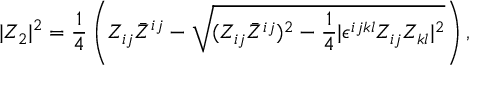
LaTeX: | Z _ { 2 } | ^ { 2 } = { \frac { 1 } { 4 } } \left( Z _ { i j } \bar { Z } ^ { i j } - \sqrt { ( Z _ { i j } \bar { Z } ^ { i j } ) ^ { 2 } - { \frac { 1 } { 4 } } | \epsilon ^ { i j k l } Z _ { i j } Z _ { k l } | ^ { 2 } } \right) ,